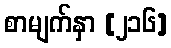
စာမျက်နှာ [၂၁၆]